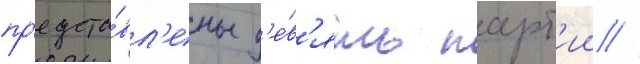
пр'едста́вл'ены д'е́в'ять парт'ии //